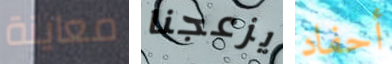
معاينة يزعجنا أحفاد